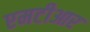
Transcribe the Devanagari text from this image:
एमटीआर